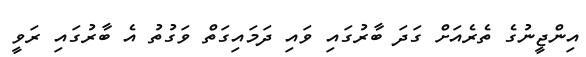
އިންޖީނުގެ ތެރެއަށް ގަދަ ބާރުގައި ވައި ދަމައިގަތް ވަގުތު އެ ބާރުގައި ރަވީ